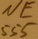
Text: NE555